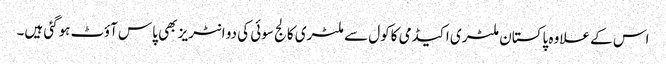
اس کے علاوہ پاکستان ملٹری اکیڈمی کاکول سے ملٹری کالج سوئی کی دو انٹریز بھی پاس آؤٹ ہوگئی ہیں۔